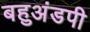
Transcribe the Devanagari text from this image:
बहुअंडपी